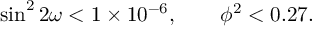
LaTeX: \sin ^ { 2 } 2 \omega < 1 \times 1 0 ^ { - 6 } , \qquad \phi ^ { 2 } < 0 . 2 7 .